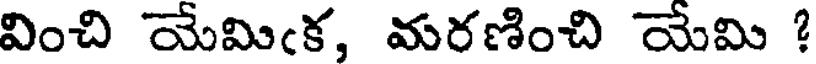
వించి యేమిఁక, మరణించి యేమి ?